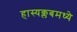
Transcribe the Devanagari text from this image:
हास्यक्लबमध्ये